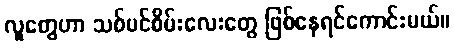
လူတွေဟာ သစ်ပင်စိမ်းလေးတွေ ဖြစ်နေရင်ကောင်းမယ်။